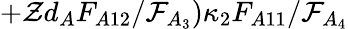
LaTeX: +\mathcal{Z}d_{A}F_{A12}/\mathcal{F}_{A_{3}})\kappa_{2}F_{A11}/\mathcal{F}_{A_{4}}